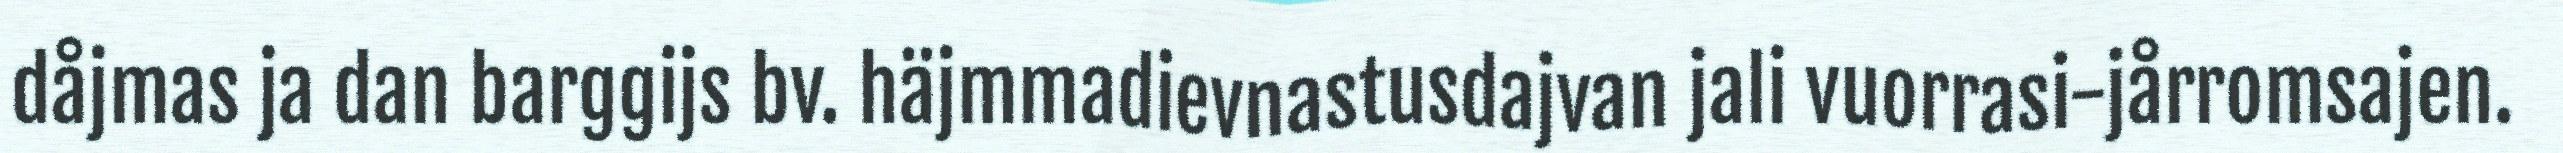
dåjmas ja dan barggijs bv. häjmmadievnastusdajvan jali vuorrasi-jårromsajen.